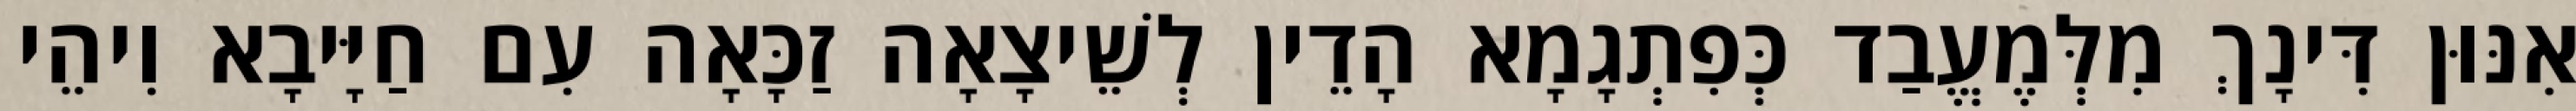
אִנּוּן דִּינָךְ מִלְּמֶעֱבַד כְּפִתְגָמָא הָדֵין לְשֵׁיצָאָה זַכָּאָה עִם חַיָּיבָא וִיהֵי